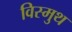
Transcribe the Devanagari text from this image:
विस्मुथ